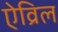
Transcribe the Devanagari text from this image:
ऐव्रिल